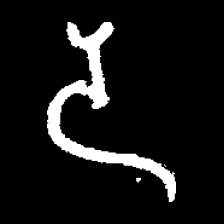
Pyu character \u2014 Myanmar letter: ဒ (romanized: da)